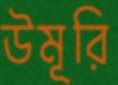
উমূরি